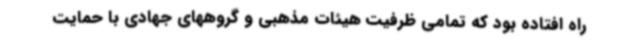
راه افتاده بود که تمامی ظرفیت هیئات مذهبی و گروههای جهادی با حمایت